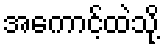
အကောင့်ထဲသို့